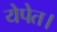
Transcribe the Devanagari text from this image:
येपेत।